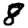
Digit: 8